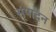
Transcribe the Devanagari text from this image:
स्ंपादन